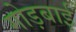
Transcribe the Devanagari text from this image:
गोड़बाई